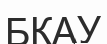
БҚАУ